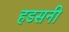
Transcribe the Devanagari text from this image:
हडसनी